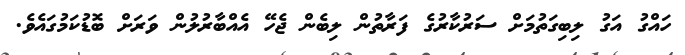
ހައްގު އަގު ލިބިގަތުމަށް ސަރުކާރުގެ ފަރާތުން ލިބެން ޖެހޭ އެއްބާރުލުން ވަރަށް ބޮޑުކަމުގައެވެ.